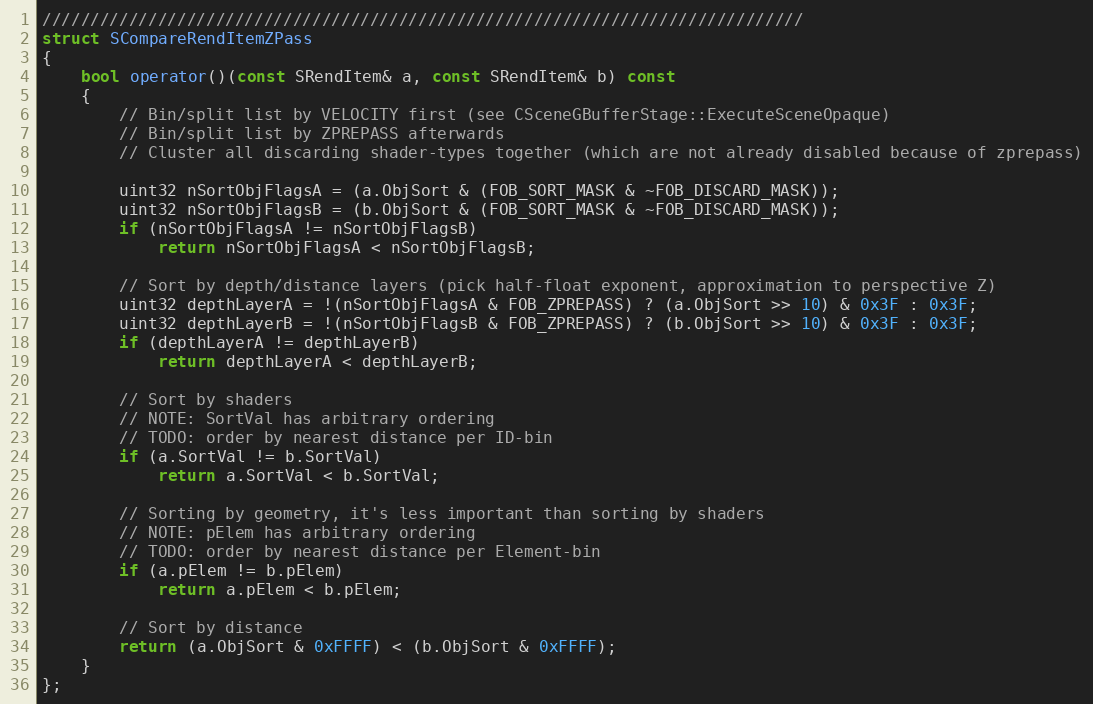
Language: C++
///////////////////////////////////////////////////////////////////////////////
struct SCompareRendItemZPass
{
	bool operator()(const SRendItem& a, const SRendItem& b) const
	{
		// Bin/split list by VELOCITY first (see CSceneGBufferStage::ExecuteSceneOpaque)
		// Bin/split list by ZPREPASS afterwards
		// Cluster all discarding shader-types together (which are not already disabled because of zprepass)

		uint32 nSortObjFlagsA = (a.ObjSort & (FOB_SORT_MASK & ~FOB_DISCARD_MASK));
		uint32 nSortObjFlagsB = (b.ObjSort & (FOB_SORT_MASK & ~FOB_DISCARD_MASK));
		if (nSortObjFlagsA != nSortObjFlagsB)
			return nSortObjFlagsA < nSortObjFlagsB;

		// Sort by depth/distance layers (pick half-float exponent, approximation to perspective Z)
		uint32 depthLayerA = !(nSortObjFlagsA & FOB_ZPREPASS) ? (a.ObjSort >> 10) & 0x3F : 0x3F;
		uint32 depthLayerB = !(nSortObjFlagsB & FOB_ZPREPASS) ? (b.ObjSort >> 10) & 0x3F : 0x3F;
		if (depthLayerA != depthLayerB)
			return depthLayerA < depthLayerB;

		// Sort by shaders
		// NOTE: SortVal has arbitrary ordering
		// TODO: order by nearest distance per ID-bin
		if (a.SortVal != b.SortVal)
			return a.SortVal < b.SortVal;

		// Sorting by geometry, it's less important than sorting by shaders
		// NOTE: pElem has arbitrary ordering
		// TODO: order by nearest distance per Element-bin
		if (a.pElem != b.pElem)
			return a.pElem < b.pElem;

		// Sort by distance
		return (a.ObjSort & 0xFFFF) < (b.ObjSort & 0xFFFF);
	}
};